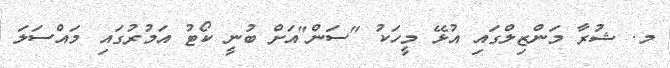
މ. ޝުރާ މަންޒިލްގައި އުޅޭ މީހަކު "ސަން"އަށް ބުނީ ކޯޓު އަމުރުގައި މައްސަލަ